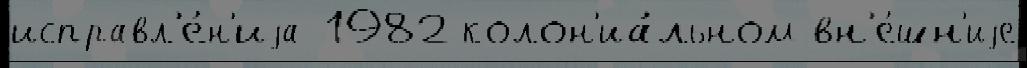
исправл'е́н'иjа 1982 колон'иа́льном вн'е́шн'иjе